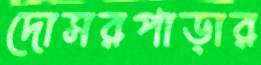
দোসরপাড়ার